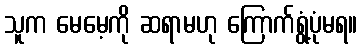
သူက မေမေ့ကို ဆရာမဟု ကြောက်ရွံ့ပုံမရ။